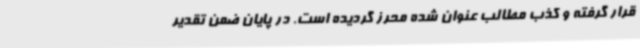
قرار گرفته و کذب مطالب عنوان شده محرز گردیده است. در پایان ضمن تقدیر